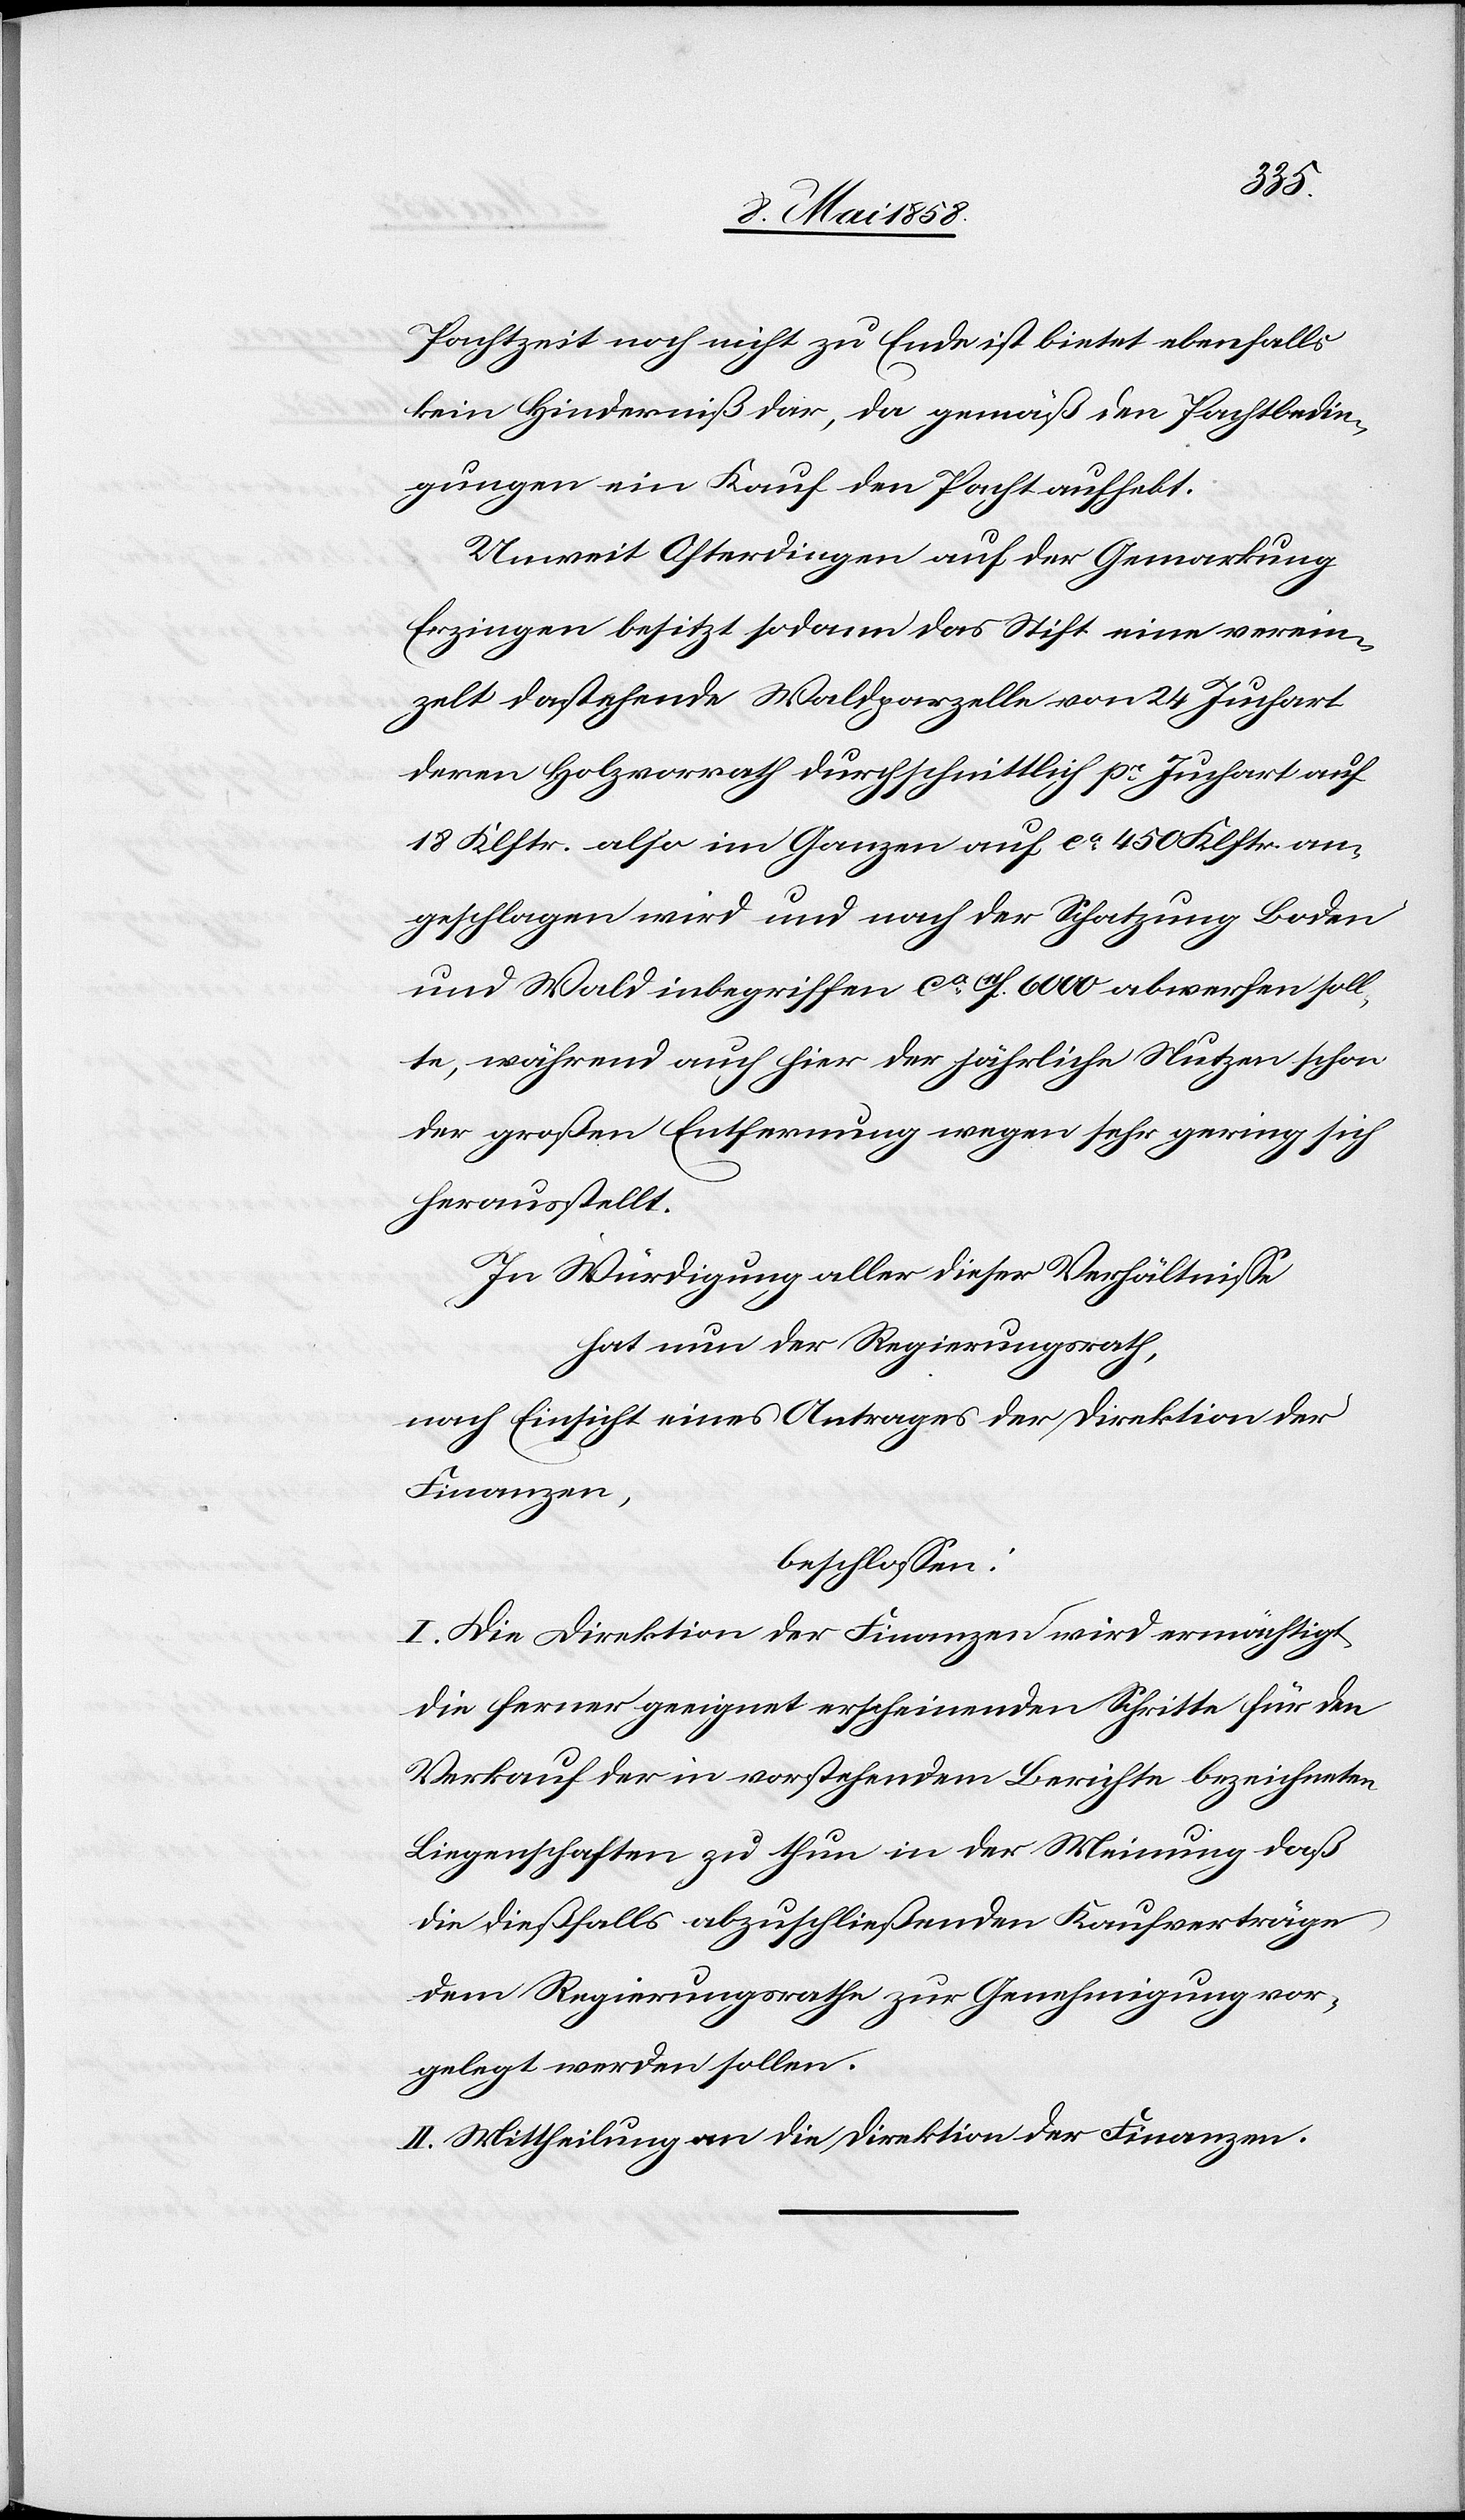
Pachtzeit noch nicht zu Ende ist bietet ebenfalls
kein Hinderniß dar, da gemäß den Pachtbedin¬
gungen ein Kauf den Pacht aufhebt.
Unweit Osterdingen auf der Gemarkung
Erzingen besitzt sodann das Stift eine verein¬
zelt dastehende Waldparzelle von 24 Juchart
deren Holzvorrath durchschnittlich pr Juchart auf
18 Klftr. also im Ganzen auf ca 450 Klftr. an¬
geschlagen wird und nach der Schatzung Boden
und Wald inbegriffen ca 11f. 6000 abwerfen soll¬
te, während auch hier der jährliche Nutzen schon
der großen Entfernung wegen sehr gering sich
herausstellt.
In Würdigung aller dieser Verhältnisse
hat nun der Regierungsrath,
nach Einsicht eines Antrages der Direktion der
Finanzen,
beschlossen:
I. Die Direktion der Finanzen wird ermächtigt
die ferner geeignet erscheinenden Schritte für den
Verkauf der in vorstehendem Berichte bezeichneten
Liegenschaften zu thun in der Meinung daß
die dießfalls abzuschließenden Kaufverträge
dem Regierungsrathe zur Genehmigung vor¬
gelegt werden sollen.
II. Mittheilung an die Direktion der Finanzen.